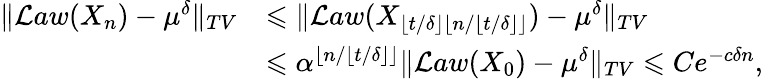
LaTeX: \begin{array}{rl}{\| \mathcal Law(X_{n})-\mu^{\delta}\| _{TV}}&{\leqslant\| \mathcal Law(X_{\lfloor t/\delta\rfloor\lfloor n/\lfloor t/\delta\rfloor\rfloor})-\mu^{\delta}\| _{TV}}\\ &{\leqslant\alpha^{\lfloor n/\lfloor t/\delta\rfloor\rfloor}\| \mathcal Law(X_{0})-\mu^{\delta}\| _{TV}\leqslant Ce^{-c\delta n},}\end{array}